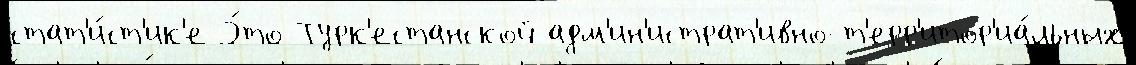
стат'и́ст'ик'е Э́то Турк'естанской адм'ин'истрат'ивно-т'ерр'итор'иа́льных